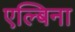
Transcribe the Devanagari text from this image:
एल्बिना